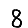
Digit: 8